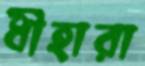
ধীহারা